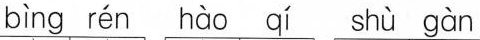
bìng rén hào qí shù gàn